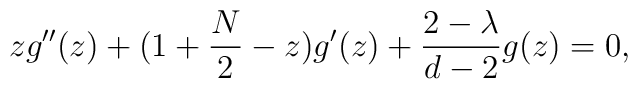
zg''(z)+(1+\frac{N}{2}-z)g'(z)+\frac{2-\lambda}{d-2}g(z)=0,